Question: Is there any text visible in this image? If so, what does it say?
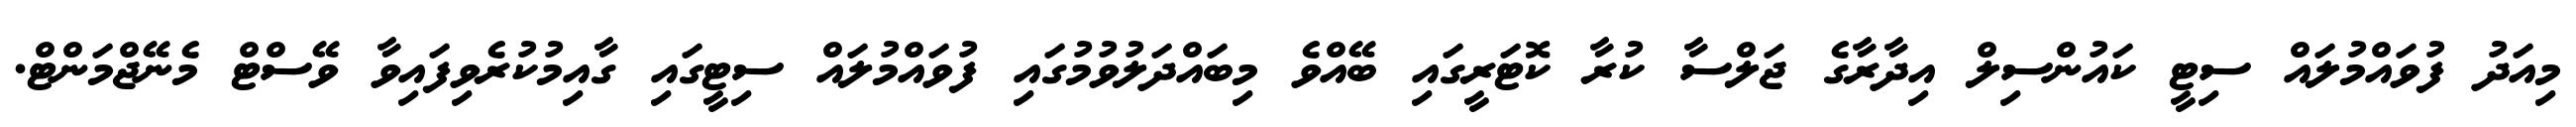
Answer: މިއަދު ފުވައްމުލައް ސިޓީ ކައުންސިލް އިދާރާގެ ޖަލްސާ ކުރާ ކޮޓަރީގައި ބޭއްވެ މިބައްދަލުވުމުގައި ފުވައްމުލައް ސިޓީގައި ގާއިމުކުރެވިފައިވާ ވޭސްޓް މެނޭޖްމަންޓް.